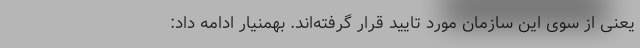
یعنی از سوی این سازمان مورد تایید قرار گرفته‌اند. بهمنیار ادامه داد: